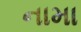
નામા